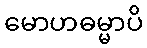
မောဟဓမ္မာပိ